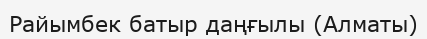
Райымбек батыр даңғылы (Алматы)